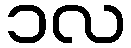
၁လ